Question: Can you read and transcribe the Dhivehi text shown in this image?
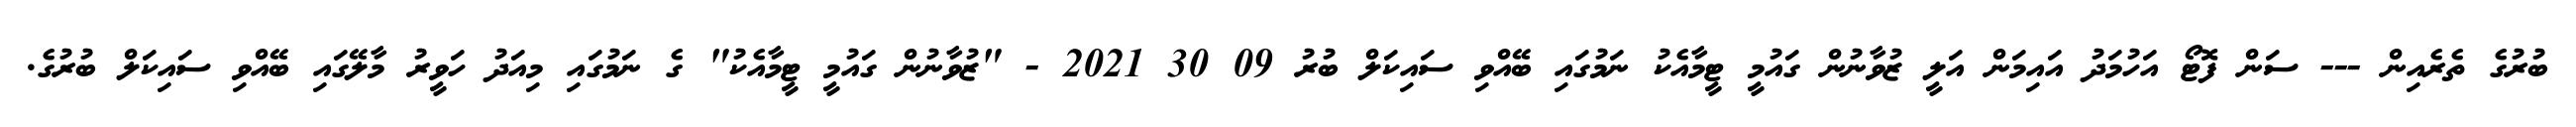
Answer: ބުރުގެ ތެރެއިން --- ސަން ފޮޓޯ އަހުމަދު އައިމަން އަލީ ޒުވާނުން ގައުމީ ޓީމާއެކު ނަމުގައި ބޭއްވި ސައިކަލް ބުރު 09 30 2021 - "ޒުވާނުން ގައުމީ ޓީމާއެކު" ގެ ނަމުގައި މިއަދު ހަވީރު މާލޭގައި ބޭއްވި ސައިކަލް ބުރުގެ.